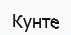
Кунте